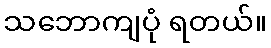
သဘောကျပုံ ရတယ်။